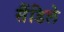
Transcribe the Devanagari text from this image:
सैंडिले